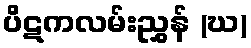
ပိဋကလမ်းညွှန် (ဃ)